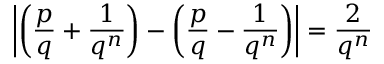
\left| \left( { \frac { p } { q } } + { \frac { 1 } { q ^ { n } } } \right) - \left( { \frac { p } { q } } - { \frac { 1 } { q ^ { n } } } \right) \right| = { \frac { 2 } { q ^ { n } } }